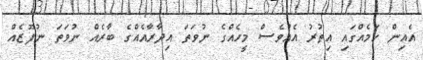
އެއިން ކަމެއްގައި އިތުރު އެއްވެސް މީހެއްގެ ނުވަތަ އިދާރާއެއްގެ ބާރެއް ނުވަތަ ނުފޫޒެއް